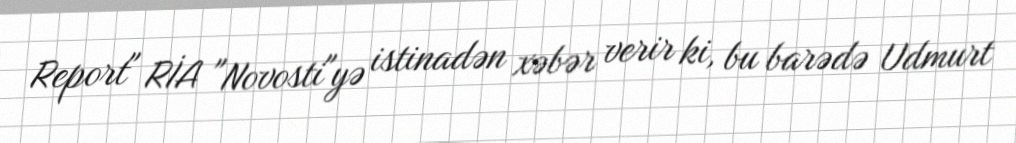
Report" RİA "Novosti"yə istinadən xəbər verir ki, bu barədə Udmurt